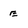
Character: E